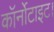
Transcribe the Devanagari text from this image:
कॉर्नोटाइट।